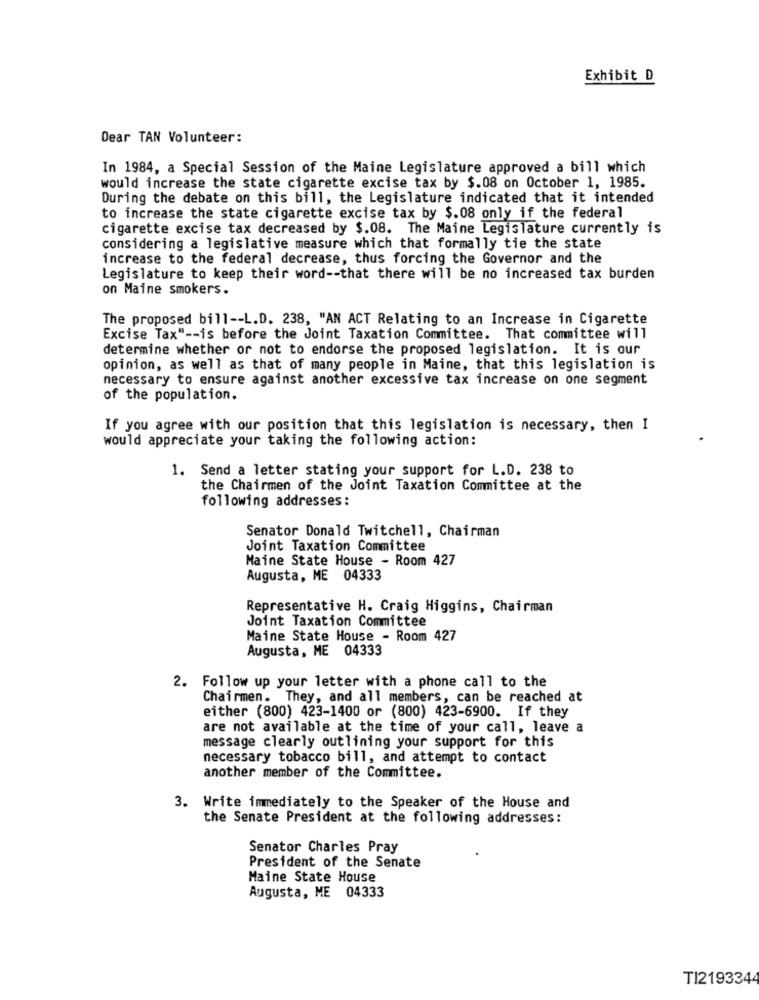
Exhibit D
Dear TAN Volunteer:
In 1984, a Special Session of the Maine Legislature approved a bill which
would increase the state cigarette excise tax by $.08 on October 1, 1985.
During the debate on this bill, the Legislature indicated that it intended
to increase the state cigarette excise tax by $.08 only if the federal
cigarette excise tax decreased by $.08. The Maine Legislature currently is
considering a legislative measure which that formally tie the state
increase to the federal decrease, thus forcing the Governor and the
Legislature to keep their word -- that there will be no increased tax burden
on Maine smokers.
The proposed bill -- L.D. 238, "AN ACT Relating to an Increase in Cigarette
Excise Tax" -- is before the Joint Taxation Committee. That committee will
determine whether or not to endorse the proposed legislation. It is our
opinion, as well as that of many people in Maine, that this legislation is
necessary to ensure against another excessive tax increase on one segment
of the population.
If you agree with our position that this legislation is necessary, then I
would appreciate your taking the following action:
1. Send a letter stating your support for L.D. 238 to
the Chairmen of the Joint Taxation Committee at the
following addresses:
Senator Donald Twitchell, Chairman
Joint Taxation Committee
Maine State House - Room 427
Augusta, ME 04333
Representative H. Craig Higgins, Chairman
Joint Taxation Committee
Maine State House - Room 427
Augusta, ME 04333
2. Follow up your letter with a phone call to the
Chairmen. They, and all members, can be reached at
either (800) 423-1400 or (800) 423-6900. If they
are not available at the time of your call, leave a
message clearly outlining your support for this
necessary tobacco bill, and attempt to contact
another member of the Committee.
3. Write immediately to the Speaker of the House and
the Senate President at the following addresses:
Senator Charles Pray
President of the Senate
Maine State House
Augusta, ME 04333
T12193344